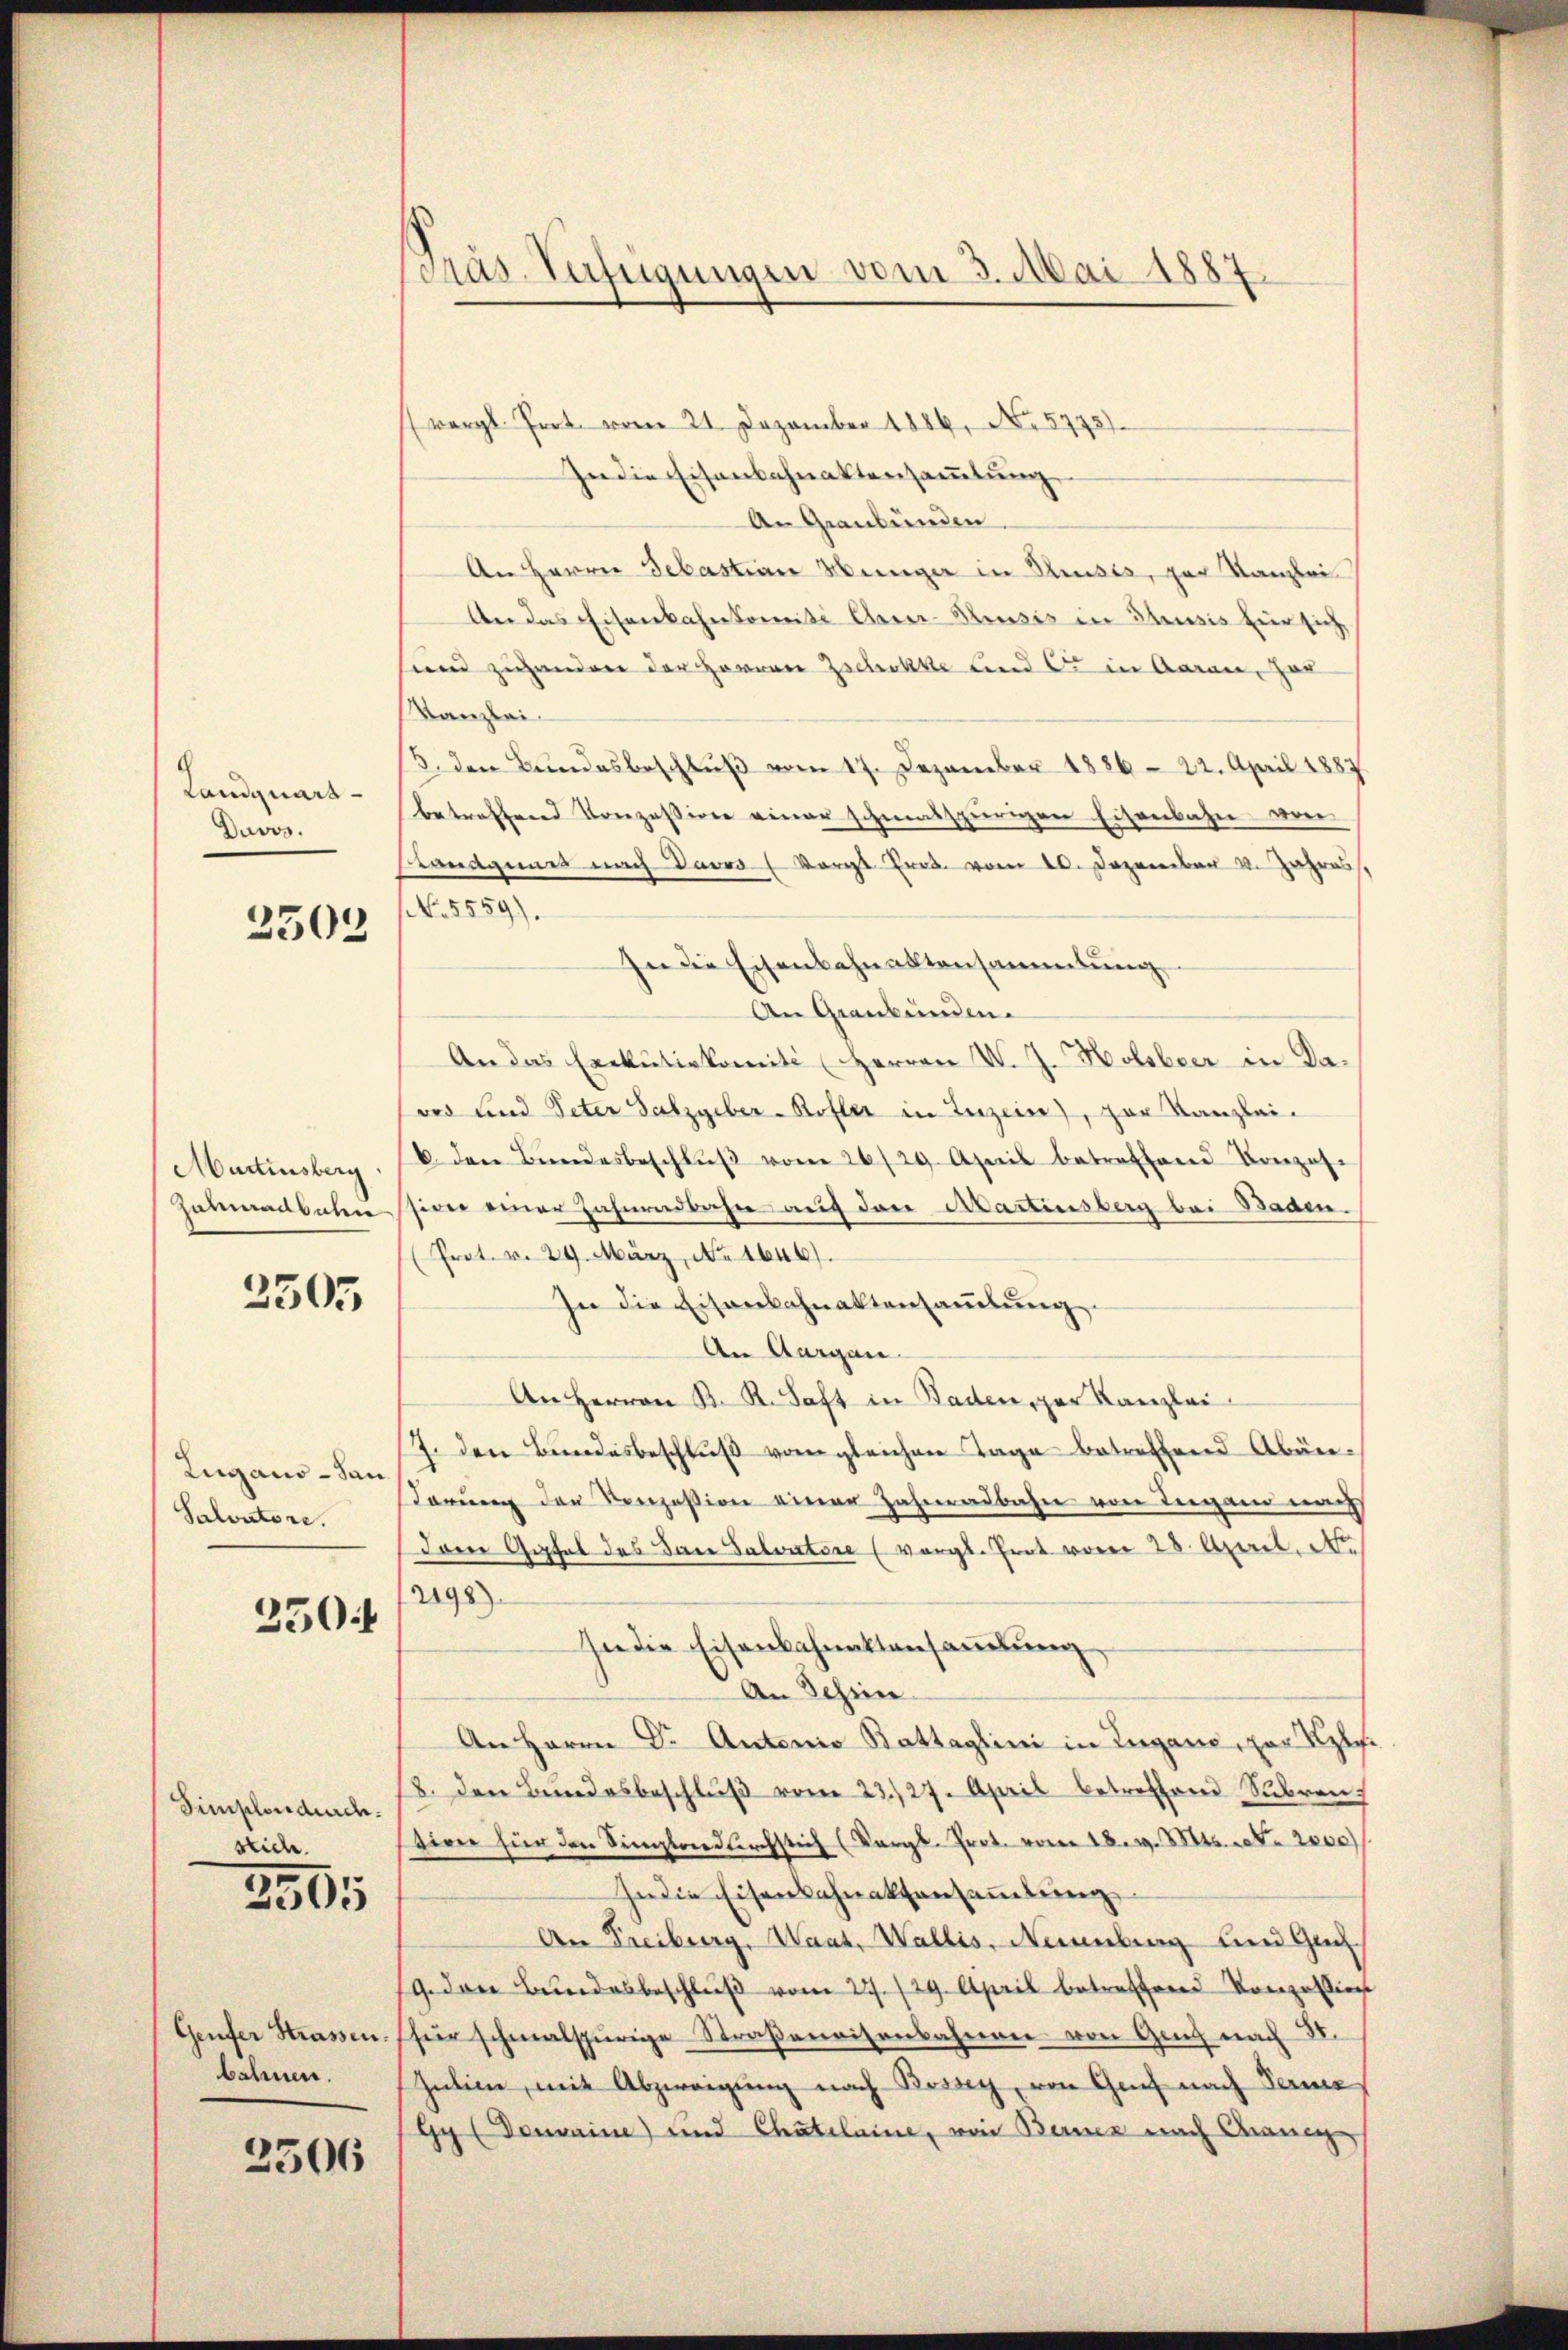
Landquart
Davos.

2503

Martinsberg
Hubmadbahn

2505

Lugano - San
Salvatore.

250

Simplondurch.
Wen.

5505

Genfer Strassen.
bahnen.

2506

Pras. Zufügungen vom 3. Mai 1887

vergl. Prot. vom 21. Dezember 1889. No. 5775).
In die Eisenbahnaktensammlung
An Graubünden.
An Herrn Sebastian Münger in Brusts, par Kanzlei
An das Eisenbahnkomite Aner-Resis in Thusis für sich
sund zuhandere der Herren Zschokke und ce in Aarau, Her
Kanzlei.
5. den Bundesbeschlŭβ vom 17. Dezember 1886 - 22. April 1887
betreffend Konzession einer schmalspurigen Eisenbahn von
Standgemes nach Davos (Korgt Prod. vom 10. Dezember v. Jahres.
No. 5559).
In die Eisenbahnaktensammlung
An Graubünden.
An das Exekutivkomite (Herren V. J. Holsbeer in Davor und Peter Satzgeber-Rofler in Luzern), zur Kanzlei-
b. den Bŭndesbeschlŭβ vom 26./29. April betreffend Konzes.
sion einer Zahnendbahn auf das Martinsberg bei Baden.
Prot. v. 29. März, No. 1646).
In die Eisenbahnaktensaṁlŭng.
An Aargau
An Herren K. K. Saft in Baden, zur Kanzlei
J. den Bŭndesbeschlŭβ vom gleichen Tage betreffend Abän¬
Tarŭng der Konzession einer Zahnadbahn von Teigand nach
dare Gipfel des Dann Salvatore (vergl. Grat vom 28. April, Nr.
2198).
In die Eisenbahnaktensammlung
An Schrie
An Herrn Dr. Antonio Battaglini in Lugano, par Kzl.
18. den Bŭndesbeschlŭβ vom 23./27. April betreffend Subren
sien für den Sinnlandurchstich (Vergl. Prot. vom 18. d. Mts. d. 2000)
In die Eisenschnaktansammlung
An Freiburg, Waat. Wallis, Neuenburg und Geh
19. den Bundesbeschlŭβ vom 27./29. April betreffend Konzession
für schmalspurige Straßenaisenbahnen von Geich nach I.
Zulien, mit Abzweigung nach Bossey, von Genf nach Ternz
Gy (Donvaine) und Chatelaine, von Berner nach dann